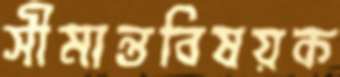
সীমান্তবিষয়ক